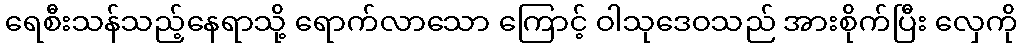
ရေစီးသန်သည့်နေရာသို့ ရောက်လာသော ကြောင့် ဝါသုဒေဝသည် အားစိုက်ပြီး လှေကို